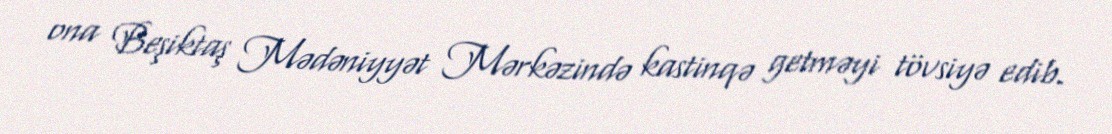
ona Beşiktaş Mədəniyyət Mərkəzində kastinqə getməyi tövsiyə edib.